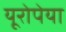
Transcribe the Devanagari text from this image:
यूरोपेया